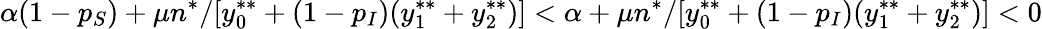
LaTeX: \alpha(1-p_{S})+\mu n^{*}/[y_{0}^{**}+(1-p_{I})(y_{1}^{**}+y_{2}^{**})]<\alpha+\mu n^{*}/[y_{0}^{**}+(1-p_{I})(y_{1}^{**}+y_{2}^{**})]<0